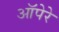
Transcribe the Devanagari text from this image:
ऑपेरे